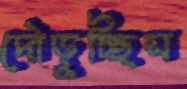
দৌড়ুচ্ছিস